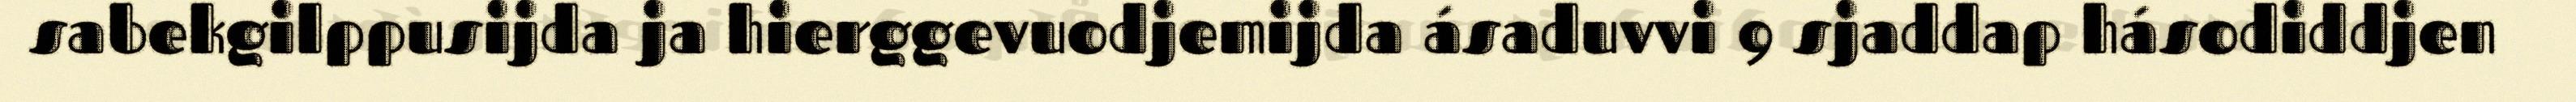
sabekgilppusijda ja hierggevuodjemijda ásaduvvi 9 sjaddap hásodiddjen